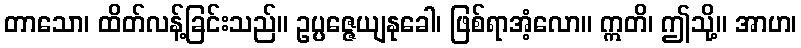
တာသော၊ ထိတ်လန့်ခြင်းသည်။ ဥပ္ပဇ္ဇေယျနုခေါ၊ ဖြစ်ရာအံ့လော။ ဣတိ၊ ဤသို့။ အာဟ၊